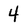
Character: 4